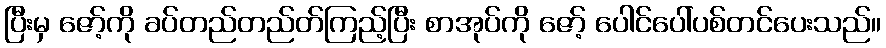
ပြီးမှ ဇော့်ကို ခပ်တည်တည်တ်ကြည့်ပြီး စာအုပ်ကို ဇော့် ပေါင်ပေါ်ပစ်တင်ပေးသည်။